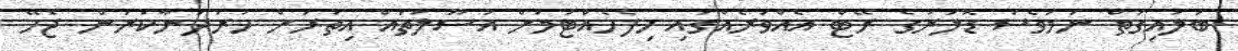
ބަލައިގަތް ނަމަވެސް ޑޮލަރުގެ ރޭޓް އެއްވަރެއްގައި ހިފެހެއްޓުމަށް އުސޫލުތައް އިތުރަށް ހަރުދަނާކުރަން ޖެހޭ